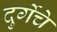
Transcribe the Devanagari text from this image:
दुर्गेचे